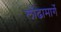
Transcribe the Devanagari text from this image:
लोंढामार्गे